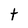
Character: t